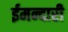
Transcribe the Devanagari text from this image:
ईमन्दारी